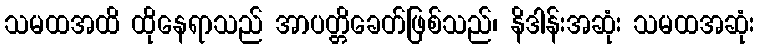
သမထအထိ ထိုနေရာသည် အာပတ္တိခေတ်ဖြစ်သည်၊ နိဒါန်းအဆုံး သမထအဆုံး